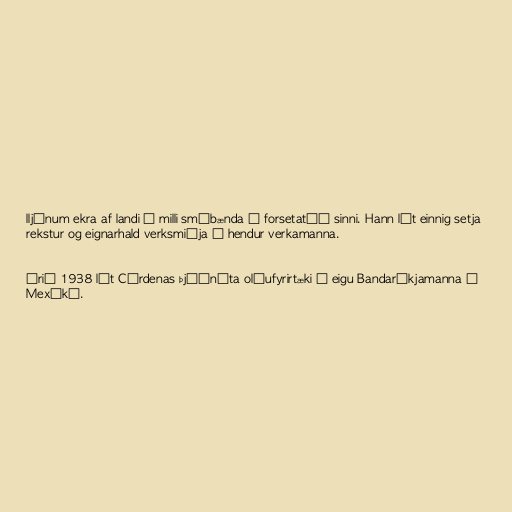
lljónum ekra af landi á milli smábænda á forsetatíð sinni. Hann lét einnig setja
rekstur og eignarhald verksmiðja í hendur verkamanna.

Árið 1938 lét Cárdenas þjóðnýta olíufyrirtæki í eigu Bandaríkjamanna í
Mexíkó.